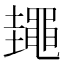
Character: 䵷